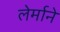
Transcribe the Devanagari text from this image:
लेर्माने